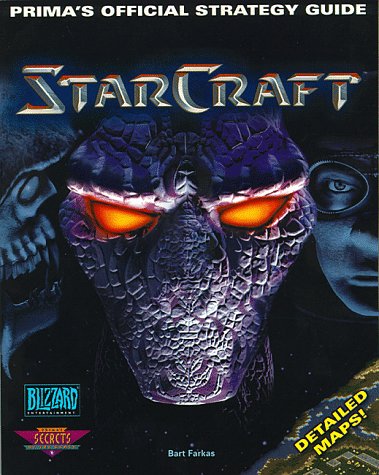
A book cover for Starcraft : Prima's Official Strategy Guide; Bart Farkas; Science Fiction & Fantasy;